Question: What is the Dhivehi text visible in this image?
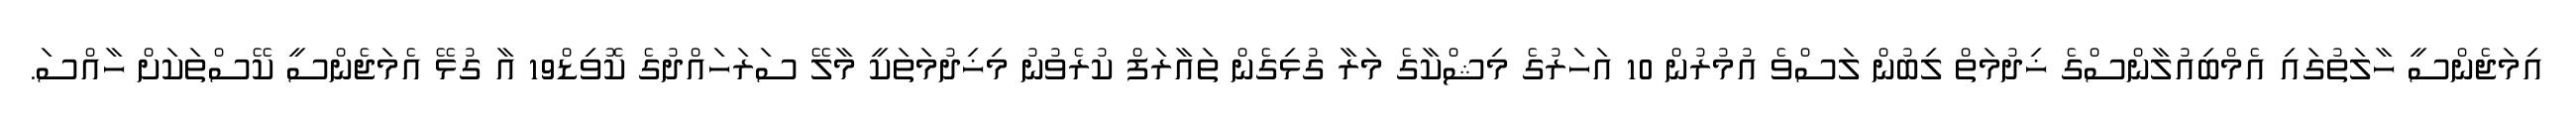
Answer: އިމަޖެންސީ ހާލަތުގައި އެމްބިއުލާންސްގެ ޚިދުމަތް ލިބުން ލަސްވެ އުމުރުން 10 އަހަރުގެ މިޝްކާގެ މަރާ ގުޅިގެން ތައާރަފް ކުރެވުނު މިޚިދުމަތަކީ މާލޭ ސަރަހައްދުގެ ކޮވިޑް19 އާ ގުޅޭ އެމަޖެންސީ ކޭސްތަކަށް ހާއްސަ.